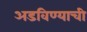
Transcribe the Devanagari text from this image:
अडविण्याची